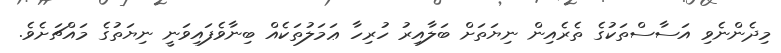
މިދެންނެވި އަސާސްތަކުގެ ތެރެއިން ނިޔަތަށް ބަލާއިރު ހުރިހާ ޢަމަލުތަކެއް ބިނާވެފައިވަނީ ނިޔަތުގެ މައްޗަށެވެ.